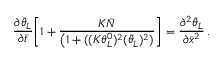
\frac { \partial { \bar { \theta } } _ { L } } { \partial \bar { t } } \bigg [ 1 + \frac { K \bar { N } } { \big ( 1 + ( ( K \theta _ { L } ^ { 0 } ) ^ { 2 } ( \bar { \theta } _ { L } ) ^ { 2 } ) } \bigg ] = \frac { \partial ^ { 2 } \bar { \theta } _ { L } } { \partial \bar { x } ^ { 2 } } \, .